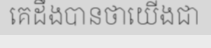
គេដឹងបានថាយើងជា